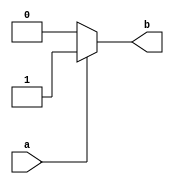
module if_else_example (
    input wire a,
    output reg b
);

always @(*) begin
    if(a == 1) begin
        b <= 1;
    end else begin
        b <= 0;
    end
end

endmodule